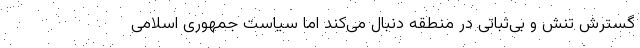
گسترش تنش و بی‌ثباتی در منطقه دنبال می‌کند اما سیاست جمهوری اسلامی